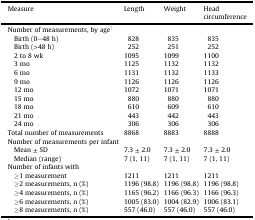
| Measure | Length | Weight | Head circumference |
 | --- | --- | --- | --- |
 | Number of measurements, by age† |  |  |  |
 | Birth (0–48 h) | 828 | 835 | 835 |
 | Birth (>48 h) | 252 | 251 | 252 |
 | 2 to 8 wk | 1095 | 1099 | 1100 |
 | 3 mo | 1125 | 1132 | 1132 |
 | 6 mo | 1131 | 1132 | 1133 |
 | 9 mo | 1126 | 1126 | 1126 |
 | 12 mo | 1072 | 1071 | 1071 |
 | 15 mo | 880 | 880 | 880 |
 | 18 mo | 610 | 609 | 610 |
 | 21 mo | 443 | 442 | 443 |
 | 24 mo | 306 | 306 | 306 |
 | Total number of measurements | 8868 | 8883 | 8888 |
 | Number of measurements per infant |  |  |  |
 | Mean ± SD | 7.3 ± 2.0 | 7.3 ± 2.0 | 7.3 ± 2.0 |
 | Median (range) | 7 (1, 11) | 7 (1, 11) | 7 (1, 11) |
 | Number of infants with |  |  |  |
 | ≥1 measurement | 1211 | 1211 | 1211 |
 | ≥2 measurements, n (%) | 1196 (98.8) | 1196 (98.8) | 1196 (98.8) |
 | ≥4 measurements, n (%) | 1165 (96.2) | 1166 (96.3) | 1166 (96.3) |
 | ≥6 measurements, n (%) | 1005 (83.0) | 1004 (82.9) | 1006 (83.1) |
 | ≥8 measurements, n (%) | 557 (46.0) | 557 (46.0) | 557 (46.0) |